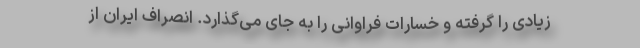
زیادی را گرفته و خسارات فراوانی را به جای می‌گذارد. انصراف ایران از